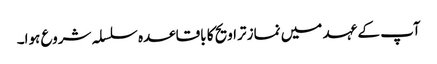
آپ کے عہد میں نماز تراویح کا باقاعدہ سلسلہ شروع ہوا۔